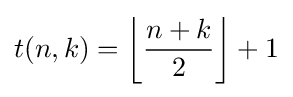
t(n,k)=\left\lfloor {\dfrac {n+k}{2}}\right\rfloor +1